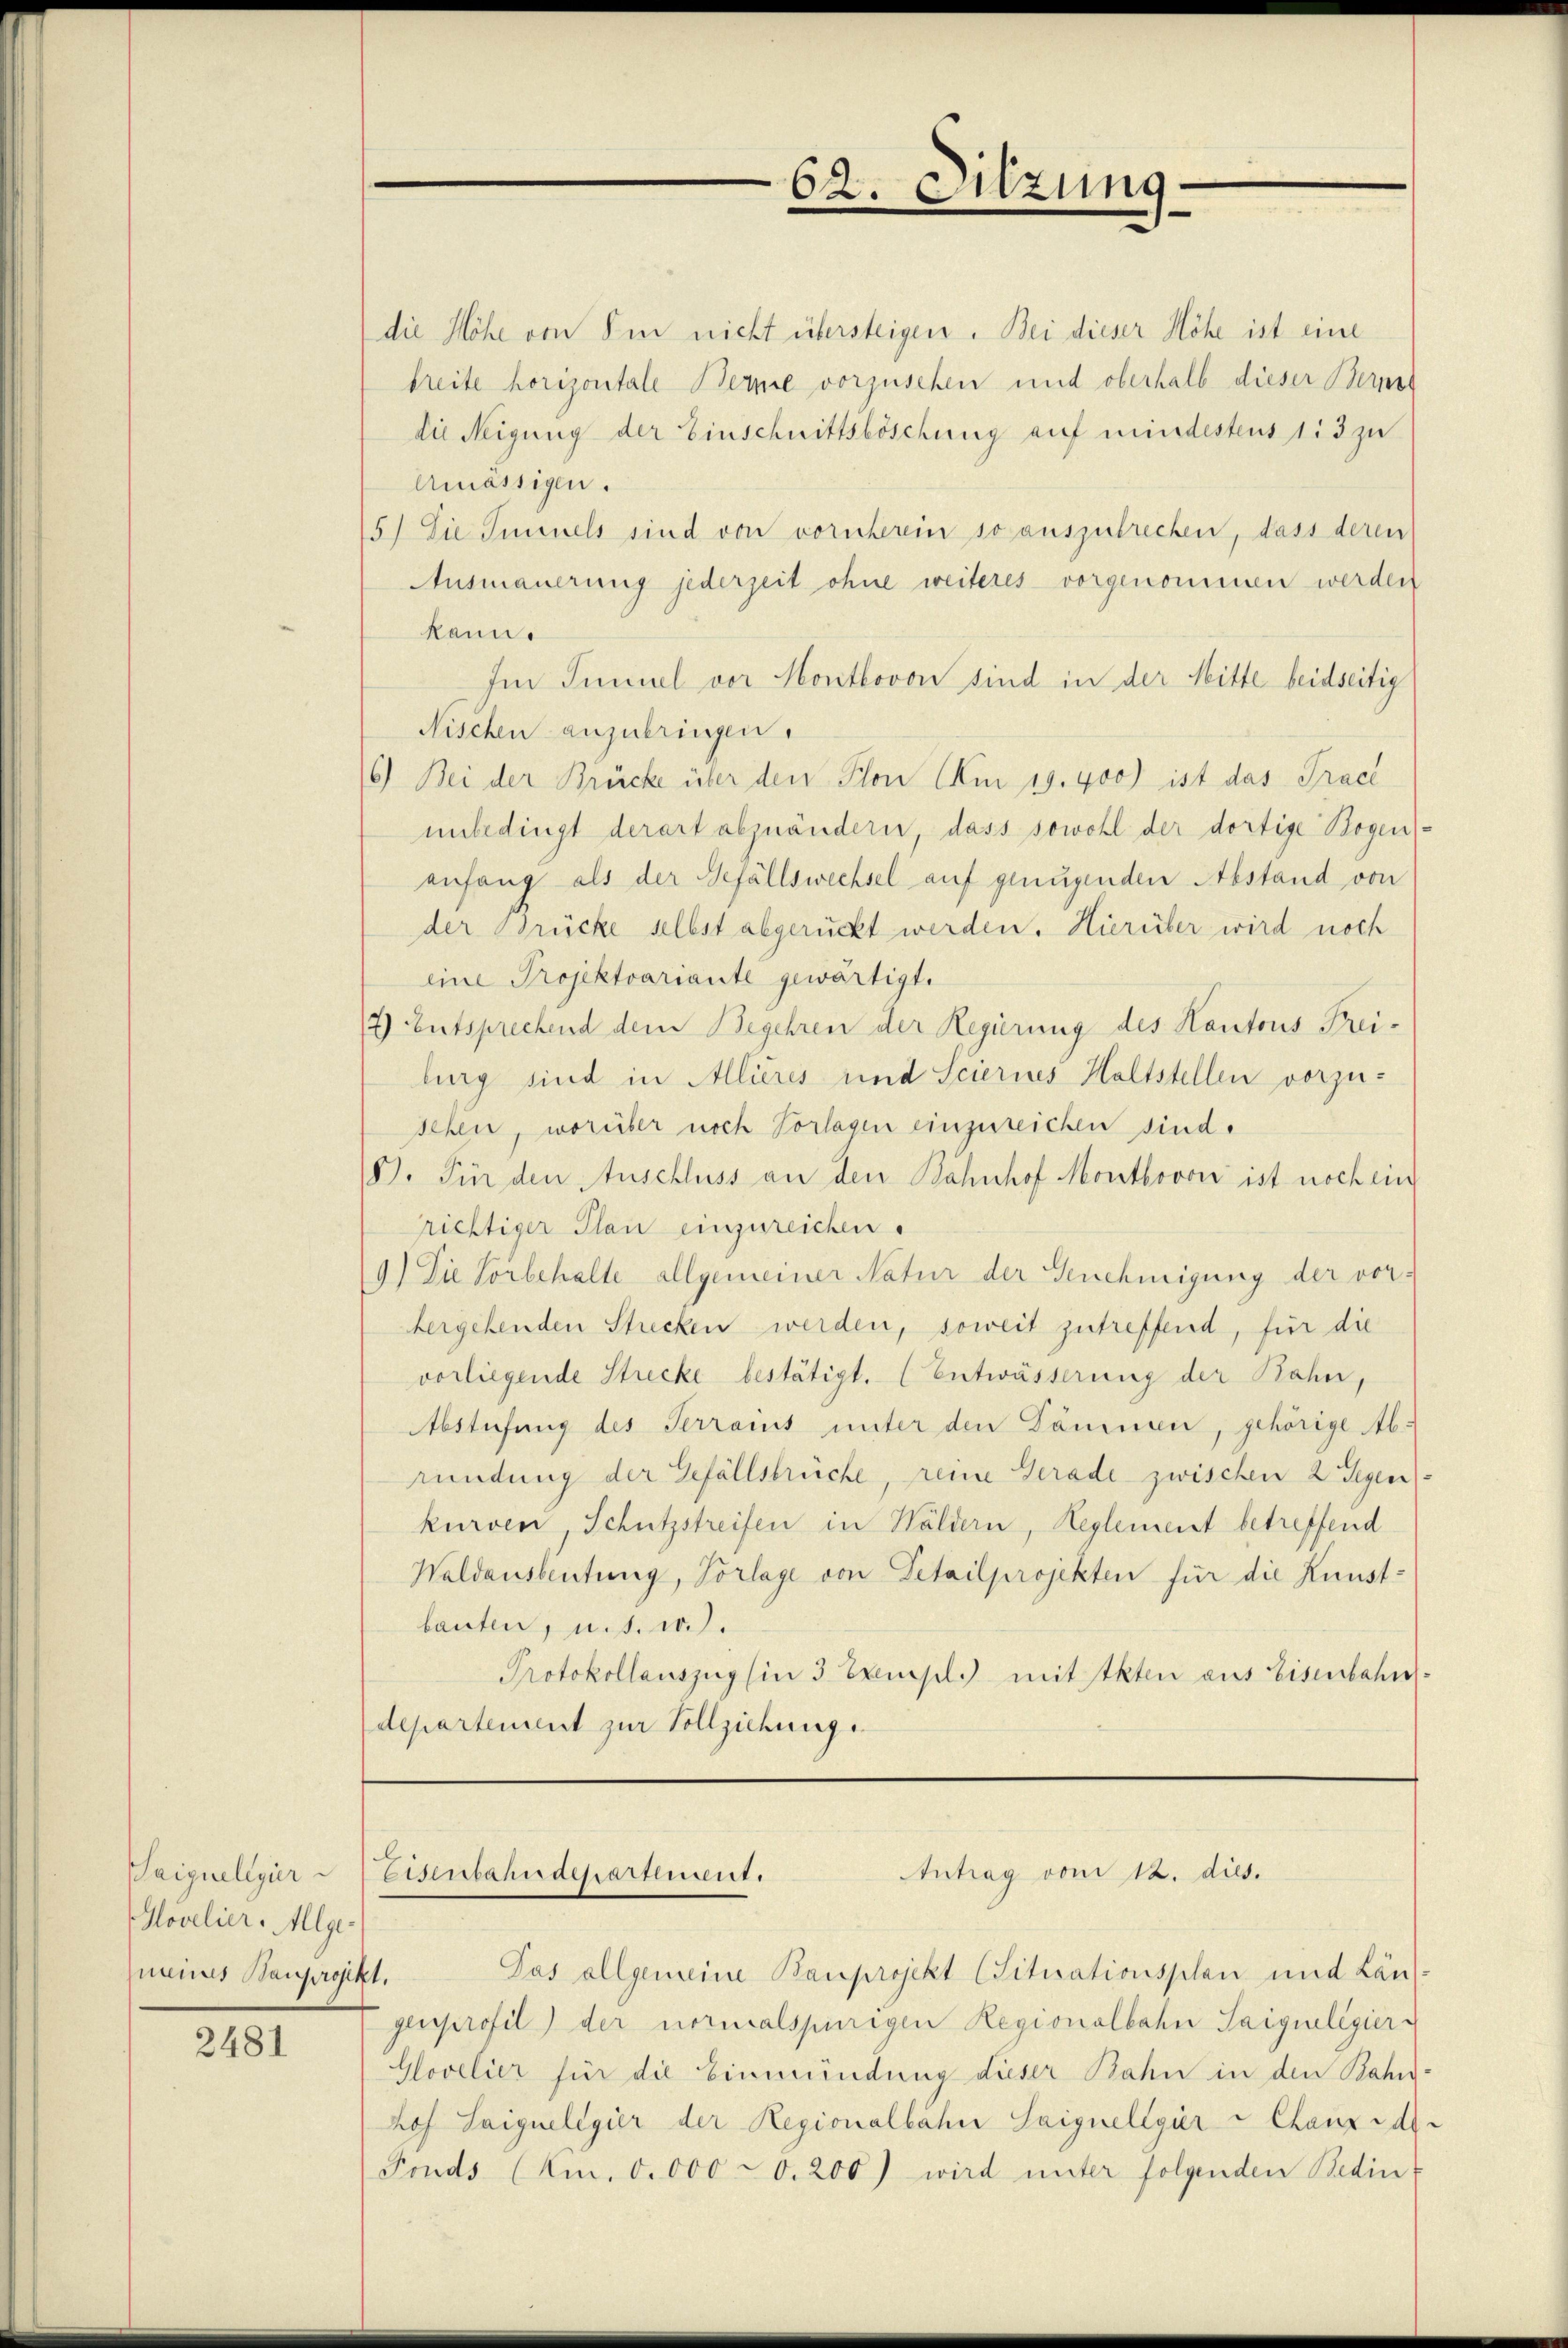
Hovelier. Allge-
meines Bauprojekt.

2481

die Höhe von Ein nicht übersteigen. Bei dieser Höhe ist eine
breite horizontale Berne vorzusehen und oberhalb dieser Bern
die Neigung der Einschnittsböschung auf mindestens 113 zu
Amässigen.
5.) Die Immels sind von vornherein so auszubrechen, dass deren
Ausmauerung jederzeit ohne weiteres vorgenommen werden
kann.
Im Innuel vor Montbovon sind in der Mitte beidseitig
Nischen anzubringen.
6.) Bei der Brücke über den Plon Am 19. 400) ist das Trace
unbedingt derart abzuändern, dass sowohl der dortige Bogen-
anfang als der Gefällswechsel auf genügenden Abstand von
der Brücke selbst abgerückt werden. Hierüber wird noch
eine Projektvariante gewärtigt.
2) Entsprechend dem Begehren der Regierung des Kantons Frei-
burg sind in Allieres und Sciernes Haltstellen vorzusehen, worüber noch Vorlagen einzureichen sind.
8). Für den Anschluss an den Bahnhof Montbovon ist noch ein
richtiger Plan einzureichen.
9.) Die Vorbehalte allgemeiner Natur der Genehmigung der vor:
bergehenden Strecken werden, soweit zutreffend, für die
vorliegende Strecke bestätigt. (Entwässerung der Rahn,
Abstufung des Terrains unter den Dämmen, gehörige Ab-
ründung der Gefällsbrüche, reine Gerade zwischen 2 Gegen
kurven Schutzstreifen in Höldern, Reglement betreffend
Waldausbeutung, Vorlage von Detailprojekten für die Kunstbauten, u. s. w.).
Protokollauszug (in 3 Exmsl.) mit Akten aus Eisenbahn.
departement zur Vollziehung

62. Sitzung.

Antrag vom 12. dies.
Taiquellgier - Eisenbahndepartement.
Pas allgemeine Bauprojekt Situationsplan und Län-

genprofil der normalspurigen Regionalbahn Saiqueligier
Glovelier für die Einmündung dieser Bahn in den Bahn
hoh Saigueligier der Regionalbahn Saiquellgier u Chanz das
Fonds (Am. 0. 000 d. 200) wird unter folgenden Bedin